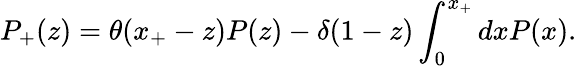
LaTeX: P_{+}(z)=\theta(x_{+}-z)P(z)-\delta(1-z)\int_{0}^{x_{+}}dxP(x).